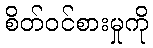
စိတ်ဝင်စားမှုကို